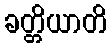
ခတ္တိယာတိ